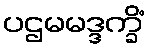
ပဌမမဒ္ဒက္ခိံ